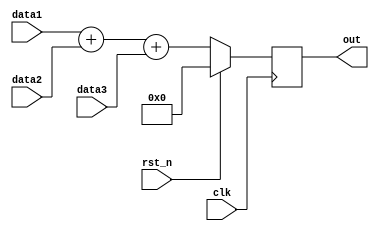
`timescale 1ns / 1ps
//////////////////////////////////////////////////////////////////////////////////
// Company: 
// Engineer: 
// 
// Design Name: 
// Module Name: adder
// Project Name: 
// Target Devices: 
// Tool Versions: 
// Description: 
// 
// Dependencies: 
// 
// Revision:
// Revision 0.01 - File Created
// Additional Comments:
// 
//////////////////////////////////////////////////////////////////////////////////

module Adder(clk, rst_n, data1, data2, data3, out);

parameter a = 8;
parameter b = 10;

input clk, rst_n;
input signed [a-1:0] data1, data2, data3;
output reg signed [b-1:0] out; 

always@(posedge clk) begin
    if(rst_n) out <= 0;
    else out <= data1 + data2 + data3;
end
endmodule